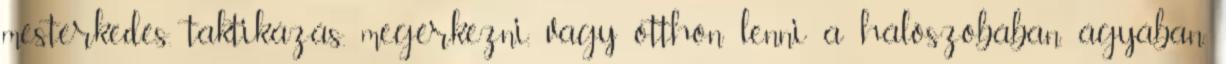
mesterkedés. taktikázás. megérkezni, vagy otthon lenni a hálószobában, ágyában.